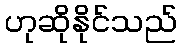
ဟုဆိုနိုင်သည်